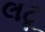
લટૂ